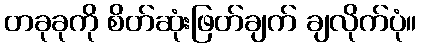
တခုခုကို စိတ်ဆုံးဖြတ်ချက် ချလိုက်ပုံ။